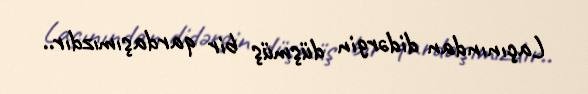
Laçınından didərgin düşmüş bir qardaşımızdır..